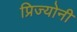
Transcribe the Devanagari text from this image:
प्रिज्योनी